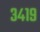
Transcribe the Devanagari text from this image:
३४१९